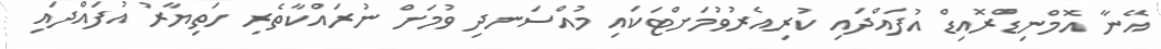
އޭނާ އޮމްނިޑްރޮއިޑް އުފައްދައި ކުރިއެރުވުމަށްޓަކައި މުއްސަނދި ވުމަށް ނުރައްކާތެރި ހަތިޔާރު އުފައްދައި